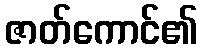
ဇာတ်ကောင်၏